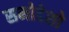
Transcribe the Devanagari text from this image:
समोदेशो